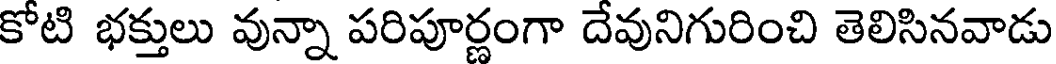
కోటి భక్తులు వున్నా పరిపూర్ణంగా దేవునిగురించి తెలిసినవాడు